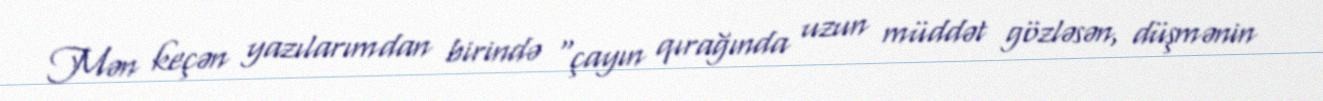
Mən keçən yazılarımdan birində “çayın qırağında uzun müddət gözləsən, düşmənin